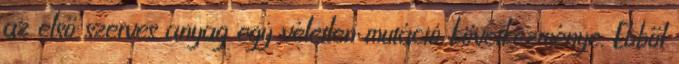
az első szerves anyag egy véletlen mutáció következménye. Ebből